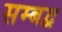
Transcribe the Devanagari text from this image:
सम्‍बद्व